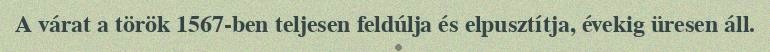
A várat a török 1567-ben teljesen feldúlja és elpusztítja, évekig üresen áll.